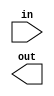
// EEM16 - Logic Design
// Design Assignment #3.1
// dassign3_1.v
// Verilog template

// You may define any additional modules as necessary
// Do not delete or modify any of the modules provided

// ****************
// Blocks to design
// ****************

// 3.1a) Rectified linear unit
// out = max(0, in/4)
// 16 bit signed input
// 8 bit unsigned output
module relu(in, out);
    input [15:0] in;
    output [7:0] out;

    // your code here
endmodule

// 3.1b) Pipelined 5 input ripple-carry adder
// 16 bit signed inputs
// 1 bit input: valid (when the other inputs are useful numbers)
// 16 bit signed output (truncated)
// 1 bit output: ready (when the output is the sum of valid inputs)
module piped_adder(clk, a, b, c, d, e, valid, sum, ready);
    input clk, valid;
    input [15:0] a, b, c, d, e;
    output [15:0] sum;
    output ready;
  
    // your code here
endmodule

// 3.1c) Pipelined neuron
// 8 bit signed weights, bias (constant)
// 8 bit unsigned inputs 
// 1 bit input: new (when a set of inputs are available)
// 8 bit unsigned output 
// 1 bit output: ready (when the output is valid)
module neuron(clk, w1, w2, w3, w4, b, x1, x2, x3, x4, new, y, ready);
    input clk;
    input [7:0] w1, w2, w3, w4, b;  // signed 2s complement
    input [7:0] x1, x2, x3, x4;     // unsigned
    input new;
    output [7:0] y;                 // unsigned
    output ready;

    // your code here
endmodule